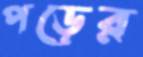
পড়ের